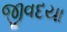
જીવદયા